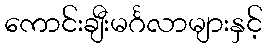
ကောင်းချီးမင်္ဂလာများနှင့်